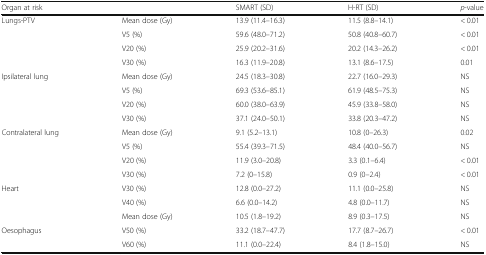
<table><thead><tr><td colspan="2"><b>Organ at risk</b></td><td><b>SMART (SD)</b></td><td><b>H-RT (SD)</b></td><td><b><i>p</i>-value</b></td></tr></thead><tbody><tr><td rowspan="4">Lungs-PTV</td><td>Mean dose (Gy)</td><td>13.9 (11.4–16.3)</td><td>11.5 (8.8–14.1)</td><td>&lt; 0.01</td></tr><tr><td>V5 (%)</td><td>59.6 (48.0–71.2)</td><td>50.8 (40.8–60.7)</td><td>&lt; 0.01</td></tr><tr><td>V20 (%)</td><td>25.9 (20.2–31.6)</td><td>20.2 (14.3–26.2)</td><td>&lt; 0.01</td></tr><tr><td>V30 (%)</td><td>16.3 (11.9–20.8)</td><td>13.1 (8.6–17.5)</td><td>0.01</td></tr><tr><td rowspan="4">Ipsilateral lung</td><td>Mean dose (Gy)</td><td>24.5 (18.3–30.8)</td><td>22.7 (16.0–29.3)</td><td>NS</td></tr><tr><td>V5 (%)</td><td>69.3 (53.6–85.1)</td><td>61.9 (48.5–75.3)</td><td>NS</td></tr><tr><td>V20 (%)</td><td>60.0 (38.0–63.9)</td><td>45.9 (33.8–58.0)</td><td>NS</td></tr><tr><td>V30 (%)</td><td>37.1 (24.0–50.1)</td><td>33.8 (20.3–47.2)</td><td>NS</td></tr><tr><td rowspan="4">Contralateral lung</td><td>Mean dose (Gy)</td><td>9.1 (5.2–13.1)</td><td>10.8 (0–26.3)</td><td>0.02</td></tr><tr><td>V5 (%)</td><td>55.4 (39.3–71.5)</td><td>48.4 (40.0–56.7)</td><td>NS</td></tr><tr><td>V20 (%)</td><td>11.9 (3.0–20.8)</td><td>3.3 (0.1–6.4)</td><td>&lt; 0.01</td></tr><tr><td>V30 (%)</td><td>7.2 (0–15.8)</td><td>0.9 (0–2.4)</td><td>&lt; 0.01</td></tr><tr><td rowspan="3">Heart</td><td>V30 (%)</td><td>12.8 (0.0–27.2)</td><td>11.1 (0.0–25.8)</td><td>NS</td></tr><tr><td>V40 (%)</td><td>6.6 (0.0–14.2)</td><td>4.8 (0.0–11.7)</td><td>NS</td></tr><tr><td>Mean dose (Gy)</td><td>10.5 (1.8–19.2)</td><td>8.9 (0.3–17.5)</td><td>NS</td></tr><tr><td rowspan="2">Oesophagus</td><td>V50 (%)</td><td>33.2 (18.7–47.7)</td><td>17.7 (8.7–26.7)</td><td>&lt; 0.01</td></tr><tr><td>V60 (%)</td><td>11.1 (0.0–22.4)</td><td>8.4 (1.8–15.0)</td><td>NS</td></tr></tbody></table>